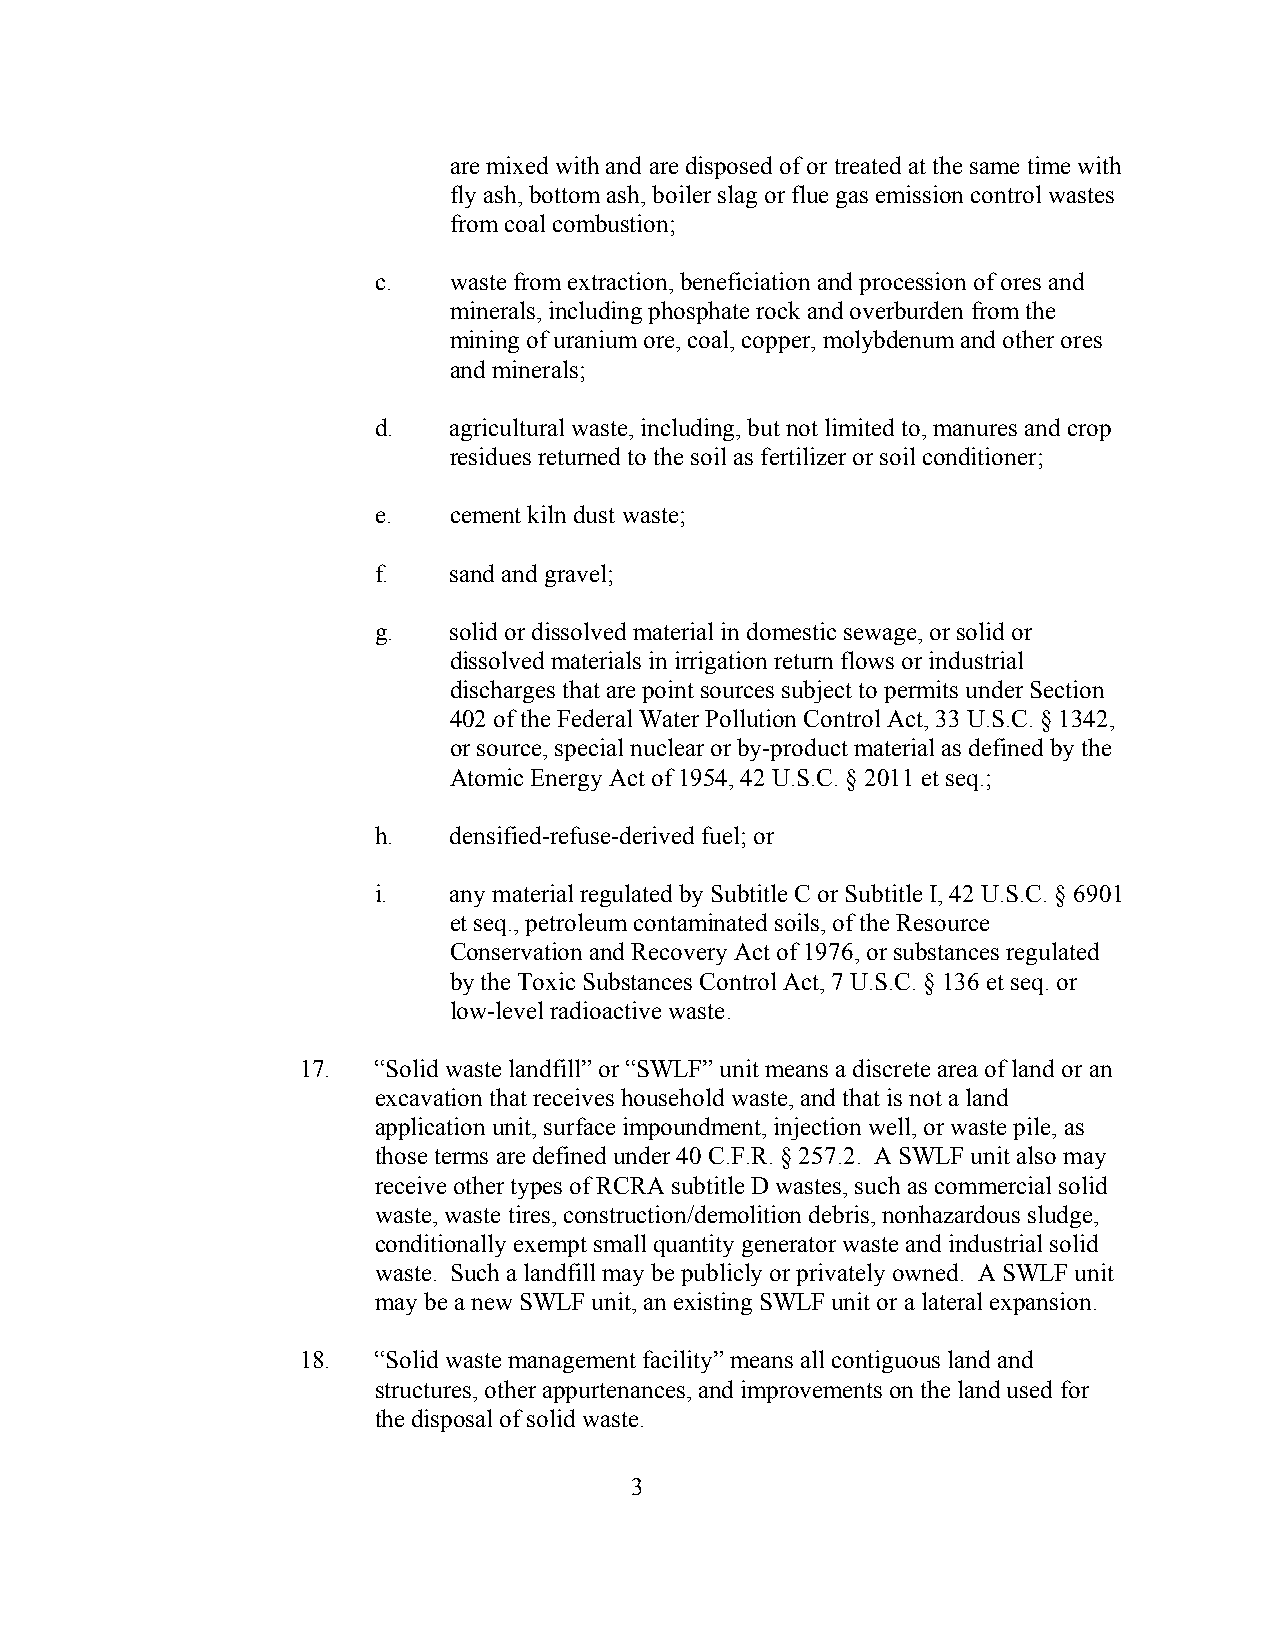
are mixed with and are disposed of or treated at the same time with
 fly ash, bottom ash, boiler slag or flue gas emission control wastes
 from coal combustion;
 c.   waste from extraction, beneficiation and procession of ores and
 minerals, including phosphate rock and overburden from the
 mining of uranium ore, coal, copper, molybdenum and other ores
 and minerals;
 d.   agricultural waste, including, but not limited to, manures and crop
 residues returned to the soil as fertilizer or soil conditioner;
 e.   cement kiln dust waste;
 f.   sand and gravel;
 g.   solid or dissolved material in domestic sewage, or solid or
 dissolved materials in irrigation return flows or industrial
 discharges that are point sources subject to permits under Section
 402 of the Federal Water Pollution Control Act, 33 U.S.C. § 1342,
 or source, special nuclear or by-product material as defined by the
 Atomic Energy Act of 1954, 42 U.S.C. § 2011 et seq.;
 h.   densified-refuse-derived fuel; or
 i.   any material regulated by Subtitle C or Subtitle I, 42 U.S.C. § 6901
 et seq., petroleum contaminated soils, of the Resource
 Conservation and Recovery Act of 1976, or substances regulated
 by the Toxic Substances Control Act, 7 U.S.C. § 136 et seq. or
 low-level radioactive waste.
 17.  “Solid waste landfill” or “SWLF” unit means a discrete area of land or an
 excavation that receives household waste, and that is not a land
 application unit, surface impoundment, injection well, or waste pile, as
 those terms are defined under 40 C.F.R. § 257.2. A SWLF unit also may
 receive other types of RCRA subtitle D wastes, such as commercial solid
 waste, waste tires, construction/demolition debris, nonhazardous sludge,
 conditionally exempt small quantity generator waste and industrial solid
 waste. Such a landfill may be publicly or privately owned. A SWLF unit
 may be a new SWLF unit, an existing SWLF unit or a lateral expansion.
 18.  “Solid waste management facility” means all contiguous land and
 structures, other appurtenances, and improvements on the land used for
 the disposal of solid waste.
 3